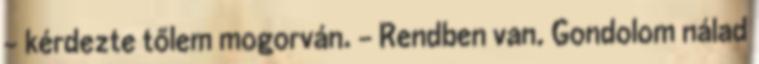
- kérdezte tőlem mogorván. - Rendben van. Gondolom nálad